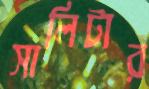
সালিটার